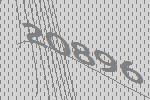
20896